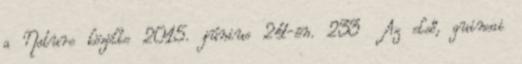
a Nature közölte 2015. június 24-én. 233 Az első, guineai